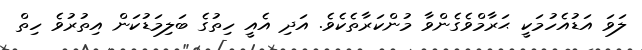
ލަވަ އަޑުއެހުމަކީ ޙަރާމްވެގެންވާ މުންކަރާތެކެވެ. އަދި އެއީ ހިތުގެ ބަލިމަޑުކަން އިތުރުވެ ހިތް